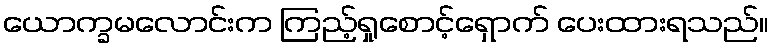
ယောက္ခမလောင်းက ကြည့်ရှုစောင့်ရှောက် ပေးထားရသည်။